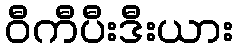
ဝီကီပီးဒီးယား